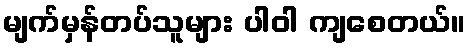
မျက်မှန်တပ်သူများ ပါဝါ ကျစေတယ်။